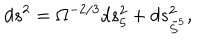
d s ^ { 2 } = \Omega ^ { - 2 / 3 } d s _ { 5 } ^ { 2 } + d s _ { \tilde { S } ^ { 5 } } ^ { 2 } ,